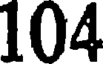
104